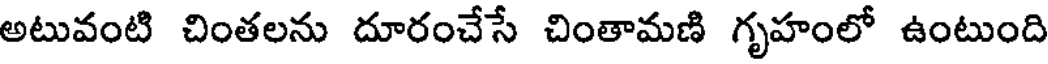
అటువంటి చింతలను దూరంచేసే చింతామణి గృహంలో ఉంటుంది